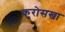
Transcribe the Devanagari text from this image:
कुरोसखा